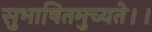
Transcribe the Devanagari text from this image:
सुभाषितमुच्यते।।